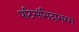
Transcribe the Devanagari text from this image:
पटिसंभिदाभग्ग